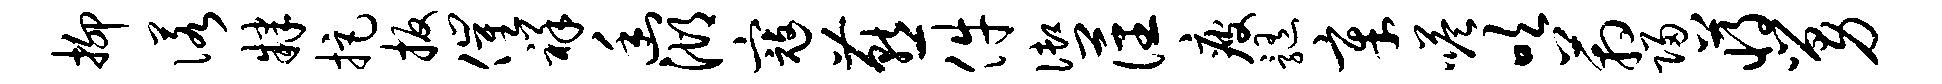
抑诺肄拒扳催祥幽湖寇燕件御藩疲髓章嗒吹箱归蒋舅